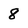
Character: 8